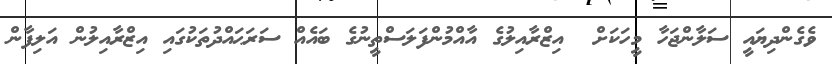
ވެގެންދިޔައީ ސަލާންޖަހާ މީހަކަށް  އިޒްރާއިލުގެ އާއްމުންފަލަސްތީނުގެ ބައެއް ސަރަޙައްދުތަކުގައި އިޒްރާއިލުން އަލިފާން